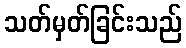
သတ်မှတ်ခြင်းသည်